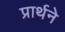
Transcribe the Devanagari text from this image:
प्रार्थने